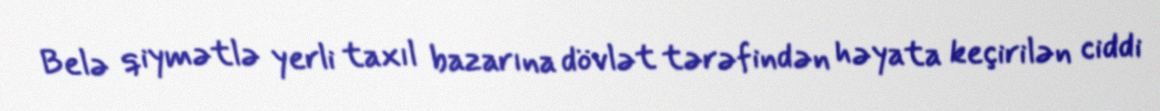
Belə qiymətlə yerli taxıl bazarına dövlət tərəfindən həyata keçirilən ciddi